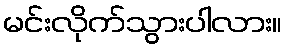
မင်းလိုက်သွားပါလား။